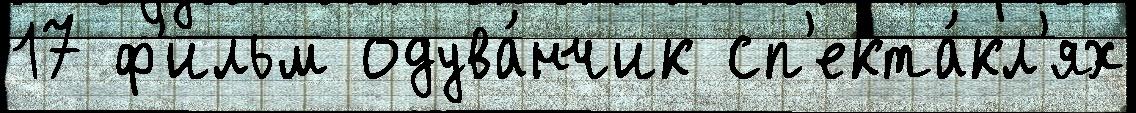
17 ф'ильм одува́нчик сп'екта́кл'ях